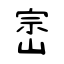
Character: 崈